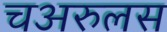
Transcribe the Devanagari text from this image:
चअरुलस